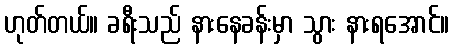
ဟုတ်တယ်။ ခရီးသည် နားနေခန်းမှာ သွား နားရအောင်။